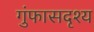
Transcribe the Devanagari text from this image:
गुंफासदृश्य